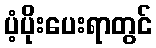
ပံ့ပိုးပေးရာတွင်